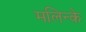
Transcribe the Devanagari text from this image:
मलिन्के